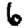
Digit: 6